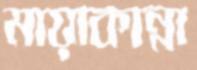
মায়াকান্না